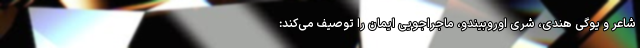
شاعر و یوگیِ هندی، شری اوروبیندو، ماجراجویی ایمان را توصیف می‌کند: